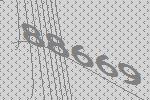
88669